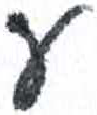
אות: ע